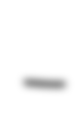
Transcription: –